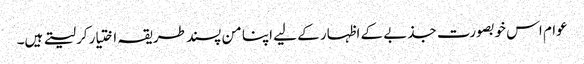
عوام اس خوبصورت جذبے کے اظہار کے لیے اپنا من پسند طریقہ اختیارکر لیتے ہیں۔